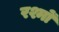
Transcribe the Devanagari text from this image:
रश्मों